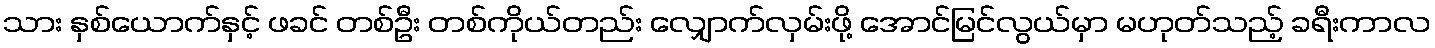
သား နှစ်ယောက်နှင့် ဖခင် တစ်ဦး တစ်ကိုယ်တည်း လျှောက်လှမ်းဖို့ အောင်မြင်လွယ်မှာ မဟုတ်သည့် ခရီးကာလ